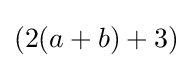
(2(a+b)+3)